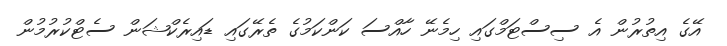
އޭގެ އިތުރުން އެ ސިސްޓަމްގައި ހިމެނޭ ހާއްސަ ކަންކަމުގެ ތެރޭގައި ޑައިރެކްޝަން ސެޓްކުރުމުން